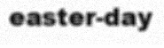
easter-day